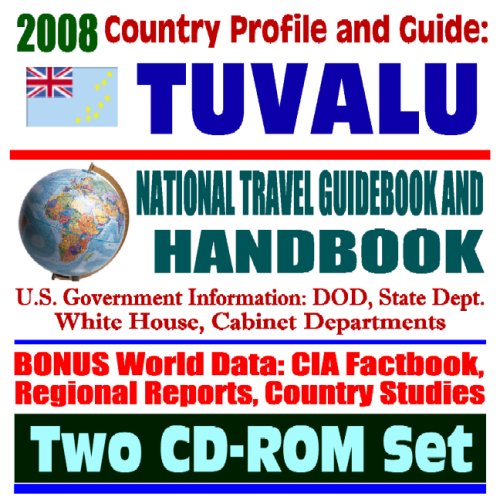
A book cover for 2008 Country Profile and Guide to Tuvalu - National Travel Guidebook and Handbook - Asia Pacific Economic Update, Agriculture, U.S. Relations (Two CD-ROM Set); U.S. Government; Travel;